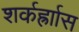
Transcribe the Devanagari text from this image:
शर्कर्ह्राास